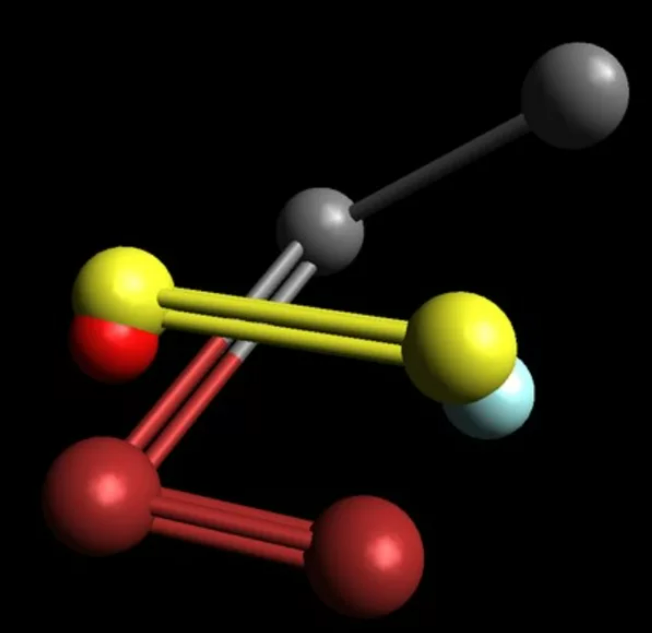
avogadro, dynamic ball and sticks